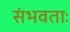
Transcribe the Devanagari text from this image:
संभवताः